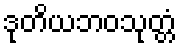
ဒုတိယဘဝသုတ္တံ